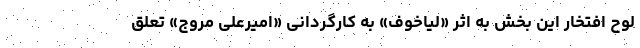
لوح افتخار این بخش به اثر «لیاخوف» به کارگردانی «امیرعلی مروج» تعلق